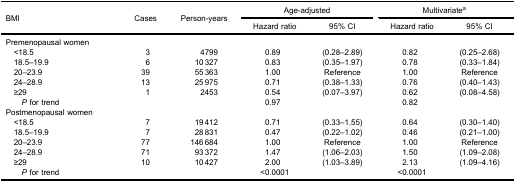
<table><thead><tr><td rowspan="3"><b>BMI</b></td><td rowspan="3"><b>Cases</b></td><td rowspan="3"><b>Person-years</b></td><td colspan="2"><b>Age-adjusted</b></td><td colspan="2"><b>Multivariate<sup>a</sup></b></td></tr><tr><td><b>Hazard ratio</b></td><td><b>95% CI</b></td><td><b>Hazard ratio</b></td><td><b>95% CI</b></td></tr></thead><tbody><tr><td>Premenopausal women</td><td> </td><td> </td><td> </td><td> </td><td> </td><td> </td></tr><tr><td> &lt;18.5</td><td>3</td><td>4799</td><td>0.89</td><td>(0.28–2.89)</td><td>0.82</td><td>(0.25–2.68)</td></tr><tr><td> 18.5–19.9</td><td>6</td><td>10 327</td><td>0.83</td><td>(0.35–1.97)</td><td>0.78</td><td>(0.33–1.84)</td></tr><tr><td> 20–23.9</td><td>39</td><td>55 363</td><td>1.00</td><td>Reference</td><td>1.00</td><td>Reference</td></tr><tr><td> 24–28.9</td><td>13</td><td>25 975</td><td>0.71</td><td>(0.38–1.33)</td><td>0.76</td><td>(0.40–1.43)</td></tr><tr><td> ≥29</td><td>1</td><td>2453</td><td>0.54</td><td>(0.07–3.97)</td><td>0.62</td><td>(0.08–4.58)</td></tr><tr><td><i>P</i> for trend</td><td> </td><td> </td><td>0.97</td><td> </td><td>0.82</td><td> </td></tr><tr><td>Postmenopausal women</td><td> </td><td> </td><td> </td><td> </td><td> </td><td> </td></tr><tr><td> &lt;18.5</td><td>7</td><td>19 412</td><td>0.71</td><td>(0.33–1.55)</td><td>0.64</td><td>(0.30–1.40)</td></tr><tr><td> 18.5–19.9</td><td>7</td><td>28 831</td><td>0.47</td><td>(0.22–1.02)</td><td>0.46</td><td>(0.21–1.00)</td></tr><tr><td> 20–23.9</td><td>77</td><td>146 684</td><td>1.00</td><td>Reference</td><td>1.00</td><td>Reference</td></tr><tr><td> 24–28.9</td><td>71</td><td>93 372</td><td>1.47</td><td>(1.06–2.03)</td><td>1.50</td><td>(1.09–2.08)</td></tr><tr><td> ≥29</td><td>10</td><td>10 427</td><td>2.00</td><td>(1.03–3.89)</td><td>2.13</td><td>(1.09–4.16)</td></tr><tr><td><i>P</i> for trend</td><td> </td><td> </td><td>&lt;0.0001</td><td> </td><td>&lt;0.0001</td><td> </td></tr></tbody></table>